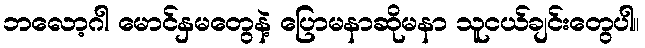
ဘလော့ဂါ မောင်နှမတွေနဲ့ ပြောမနာဆိုမနာ သူငယ်ချင်းတွေပါ။